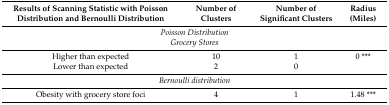
| Results of Scanning Statistic with Poisson Distribution and Bernoulli Distribution | Number of Clusters | Number of Significant Clusters | Radius (Miles) |
 | --- | --- | --- | --- |
 | <COLSPAN=4> Poisson Distribution |
 | <COLSPAN=4> Grocery Stores |
 | Higher than expected | 10 | 1 | 0 *** |
 | Lower than expected | 2 | 0 |  |
 | <COLSPAN=4> Bernoulli distribution |
 | Obesity with grocery store foci | 4 | 1 | 1.48 *** |